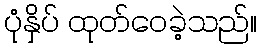
ပုံနှိပ် ထုတ်ဝေခဲ့သည်။